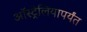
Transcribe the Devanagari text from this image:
ऑस्ट्रेलियापर्यंत